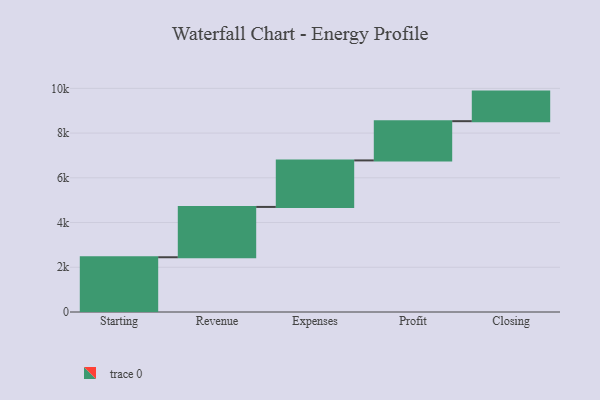
{"axis": {"x": "Step", "y": "Value"}, "legend": [""], "data": [{"x": "Starting", "y": 2448.0, "type": ""}, {"x": "Revenue", "y": 2250.0, "type": ""}, {"x": "Expenses", "y": 2080.0, "type": ""}, {"x": "Profit", "y": 1755.0, "type": ""}, {"x": "Closing", "y": 1322.0, "type": ""}]}